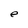
Character: e